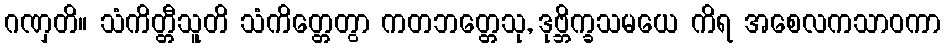
ဂဏှတိ။ သံကိတ္တီသူတိ သံကိတ္တေတွာ ကတဘတ္တေသု, ဒုဗ္ဘိက္ခသမယေ ကိရ အစေလကသာဝကာ